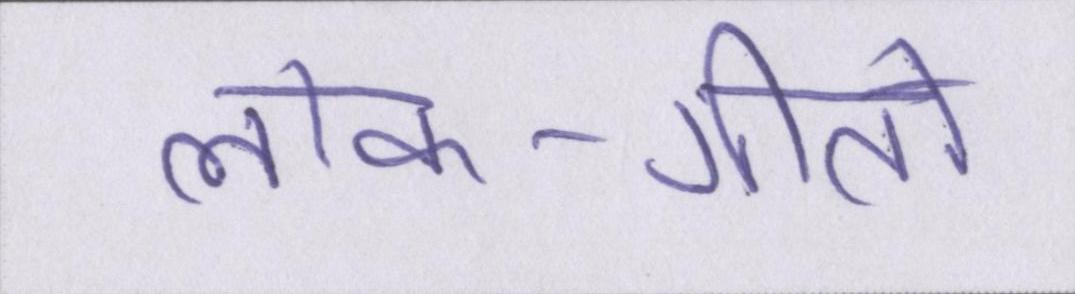
लोक-गीतों